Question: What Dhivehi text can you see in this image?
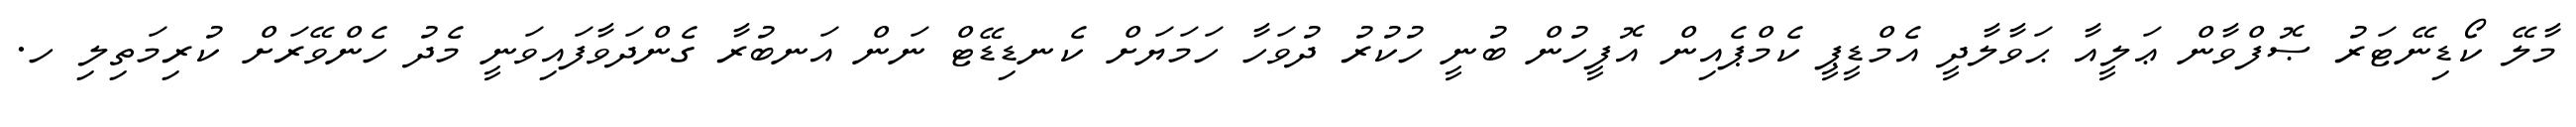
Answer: މާލޭ ކޯޑިނޭޓަރު ޞޮފްވާން ޢަލީއާ ޙަވާލާދީ އެމްޑީޕީ ކެމްޕެއިން އޮފީހުން ބުނީ ހުކުރު ދުވަހާ ހަމަޔަށް ކެނޑިޑޭޓް ނަން އަނބުރާ ގެންދަވާފައިވަނީ މެދު ހެންވޭރަށް ކުރިމަތިލި ހ.